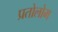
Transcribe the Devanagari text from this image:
प्रतोलोम